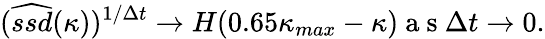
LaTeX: (\widehat{ssd}(\kappa))^{1/\Delta t}\to H(0.65\kappa_{max}-\kappa)\mathrm{~a~s~}\Delta t\to 0.